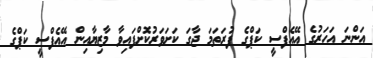
އަންނަ އަހަރުގެ އޭއެފްސީ ކަޕްގެ ފުރަތަމަ ޖާގަ ކަށަވަރުކޮށްފައިވާ މާޒިޔާއިން އޭއެފްސީ ކަޕްގެ